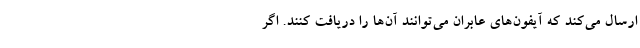
ارسال می‌کند که آیفون‌های عابران می‌توانند آن‌ها را دریافت کنند. اگر